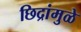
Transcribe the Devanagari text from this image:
छिद्रांमुळे